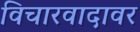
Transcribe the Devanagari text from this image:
विचारवादावर